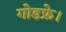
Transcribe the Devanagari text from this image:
गोडफ्रे।